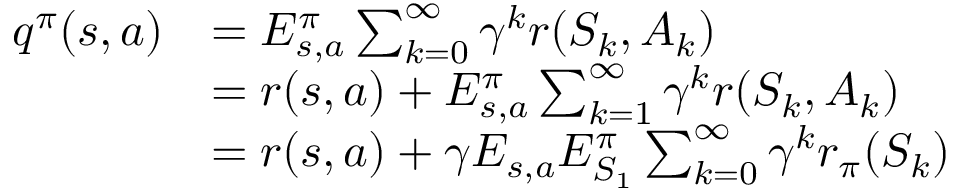
\begin{array} { r l } { q ^ { \pi } ( s , a ) } & { = E _ { s , a } ^ { \pi } \sum _ { k = 0 } ^ { \infty } \gamma ^ { k } r ( S _ { k } , A _ { k } ) } \\ & { = r ( s , a ) + E _ { s , a } ^ { \pi } \sum _ { k = 1 } ^ { \infty } \gamma ^ { k } r ( S _ { k } , A _ { k } ) } \\ & { = r ( s , a ) + \gamma E _ { s , a } E _ { S _ { 1 } } ^ { \pi } \sum _ { k = 0 } ^ { \infty } \gamma ^ { k } r _ { \pi } ( S _ { k } ) } \end{array}